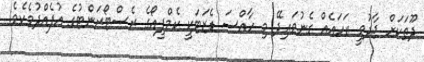
ދޫތަކަށް ޖާދުވީ ރަހައެއް ގެނުވައިދޭ މި ހާއްސަ ޑެޒަޓަކީ ކެމްޕީއޯގެ ރެސްޓޯރަންޓުގެ އުފެއްދުމެކެވެ.